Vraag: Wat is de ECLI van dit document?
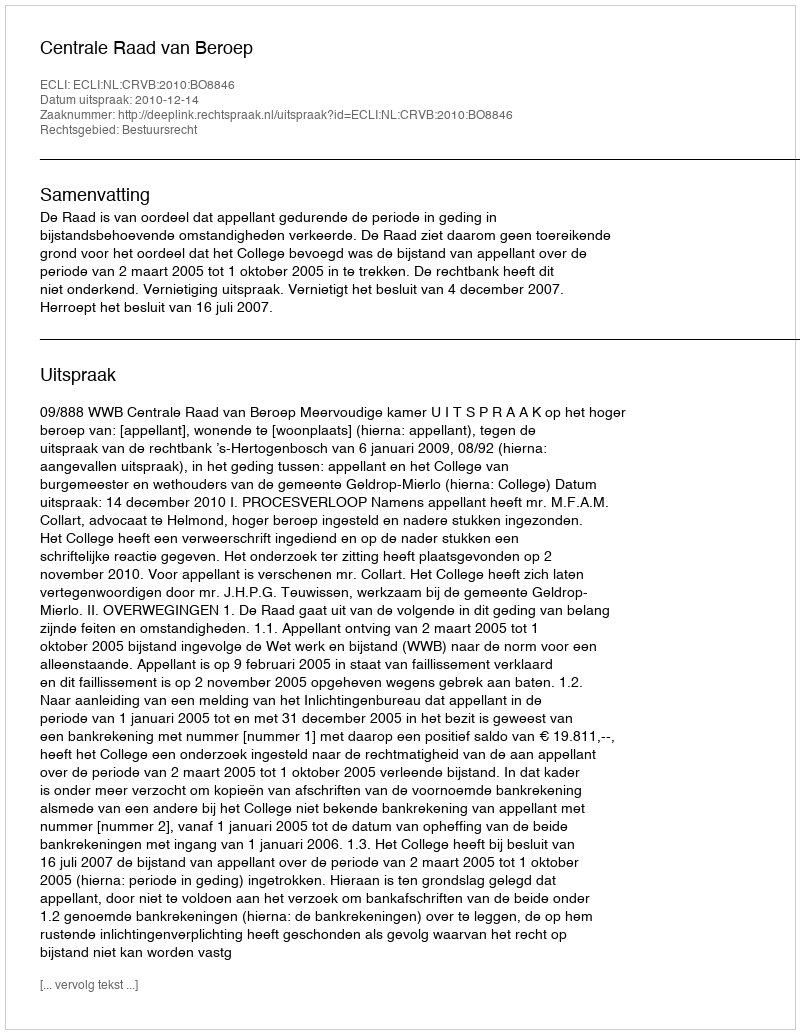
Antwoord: ECLI:NL:CRVB:2010:BO8846